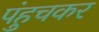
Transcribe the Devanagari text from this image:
पंहुचकर